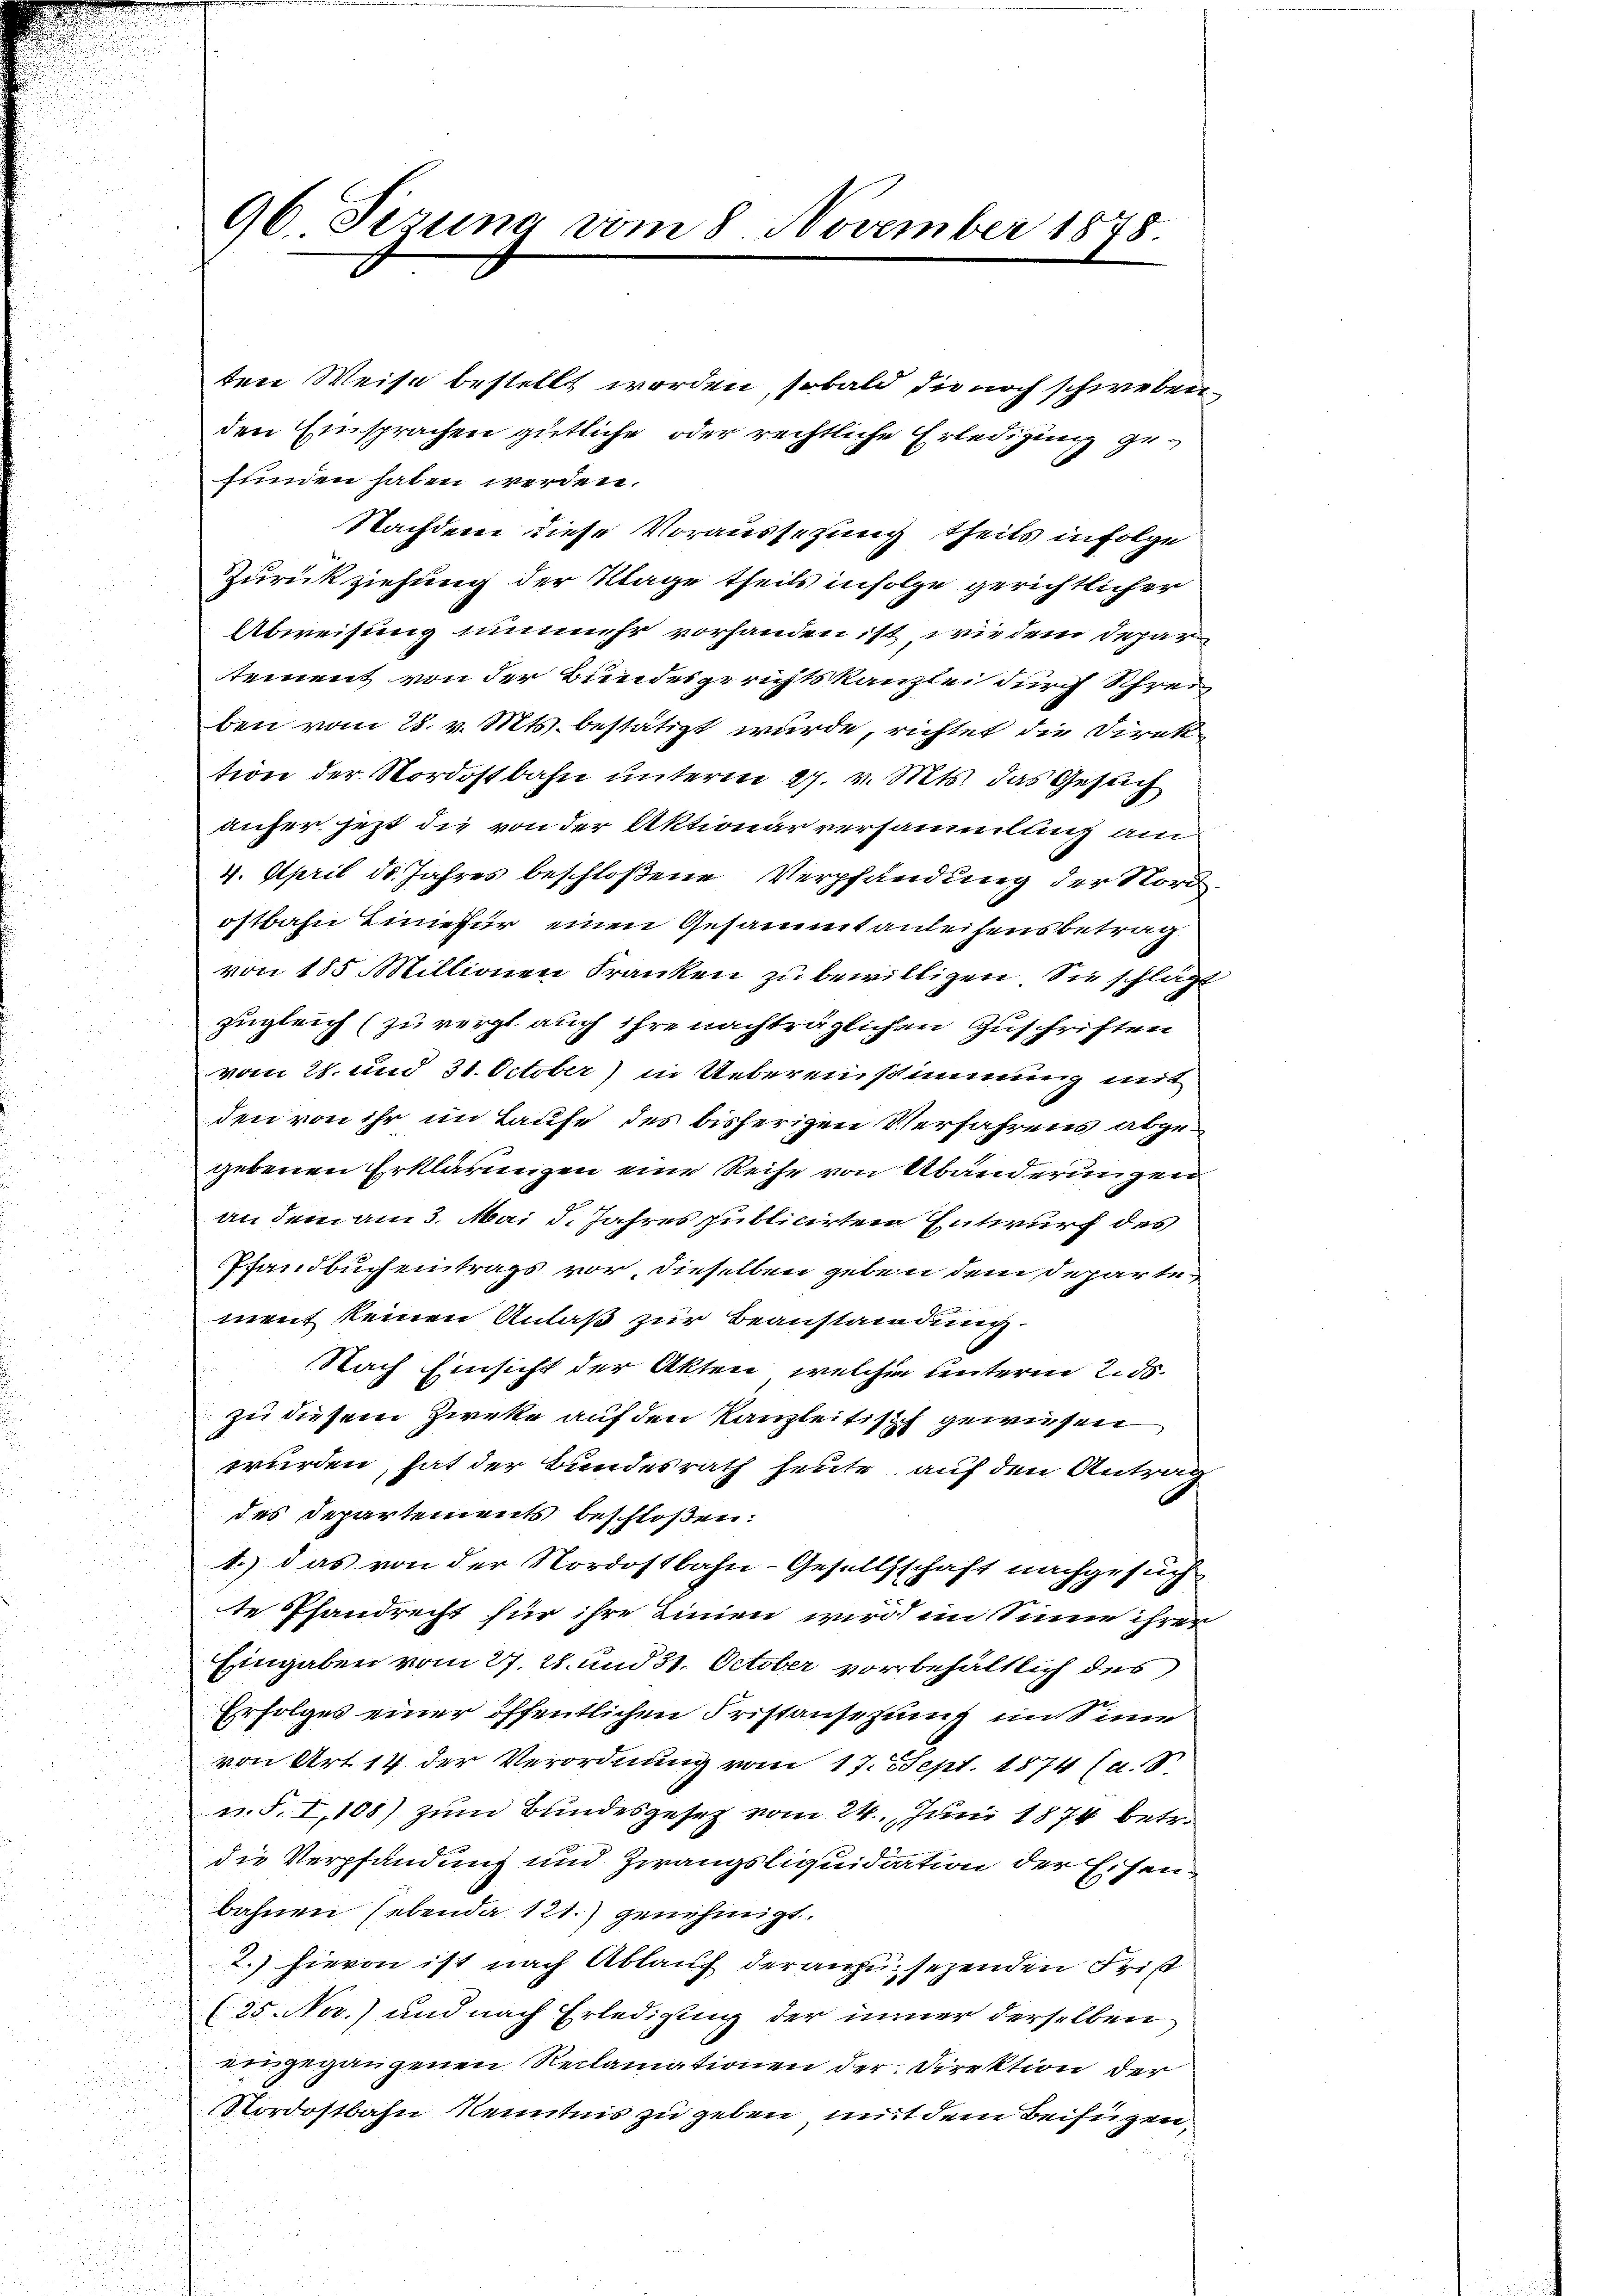
96 Sizung vom 8. November 1878.

ten Weise bestellt worden, sobald die noch schweben
den Einsprachen gütliche oder rechtliche Erledigung gefunden haben werden.
Nachdem diese Voraussetzung theils in Folge
Zurückziehung der Klage theils infolge gerichtlicher
Abweisung nunmehr vorhanden ist, wie dem Separ
tement von der Bundesgerichtskanzlei durch Schreiz
ben vom 28. v. Mts. bestätigt wurde, richtet die Direktion der Nordostbahn unterm 27. v. Mts. das Gesuch
anfer jetzt die von der Aktionar versammlich am
4. April d. Jahres beschloßene Verpfändung der Nord
ostbahn Liniefür einen Gesammtanleihensbetrag
von 185 Millionen Franken zu bewilligen. Sie schlägt
zugleich (zu vergl. auch ihre nachträglichen Zuschriften
vom 28. und 31. October) in Uebereinstimmung mit
den von ihr im Laufe des bisherigen Verfahrens abgegebenen Erklärungen eine Reihe von Abänderungen
an dem am 3. Mai d. Jahres publicirten Entwurf des
Pfandbuchentrags vor, dieselben geben dem Departe
ment keinen Anlaß zur Beanstandung.
Nach Einsicht der Akten, welcher unterm 2. ds.
zu diesem Zwecke auf den Kanzleitisch gewiesen
wurden, hat der Bundesrath heute auf den Antrag
des Departements beschloßen:
1.) das von der Nordostbahn-Gesellschaft nachgesuch
te Pfandrecht für ihre Linien wird im Sinne ihrer
Eingaben vom 27. 28. und 31. October vorbehältlich des
Erfolges einer öffentlichen Fristansehung im Sinne
von Art. 14 der Verordnung vom 17. Sept. 1874 (a. S
n.S. I,108) zum Bundesgesetz vom 24. Juni 1874 betr.
die Verpfandung und Zwangsliquidiation der Eisenbahnen (ebenda 121.) genehmigt.
2.) hievon ist nach Ablauf der anzusetzenden Frist
(25. Nov.) und nach Erledigung der immer derselben
eingegangenen Reclamationen der Direktion der
Nordostbahn Kenntnis zu geben mit dem Beifügen,